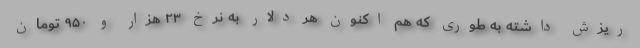
ریزش داشته به طوری که هم اکنون هر دلار به نرخ ۲۳ هزار و ۹۵۰ تومان